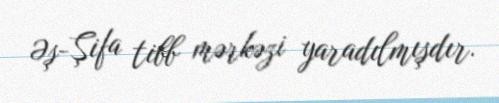
Əş-Şifa tibb mərkəzi yaradılmışdır.